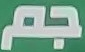
جم